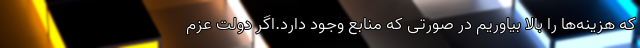
که هزینه‌ها را بالا بیاوریم در صورتی که منابع وجود دارد.اگر دولت عزم